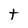
Character: t